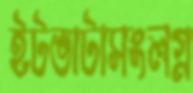
ইটভাটাসংলগ্ন